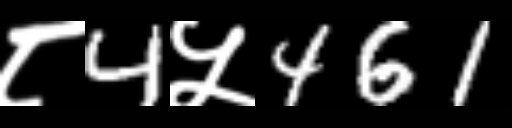
Text: ८4५461